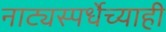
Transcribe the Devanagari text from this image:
नाट्यस्पर्धेच्याही